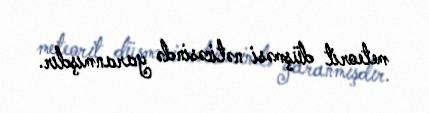
meteorit düşməsi nəticəsində yaranmışdır.